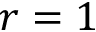
r = 1